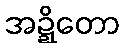
အဍ္ဍိတော